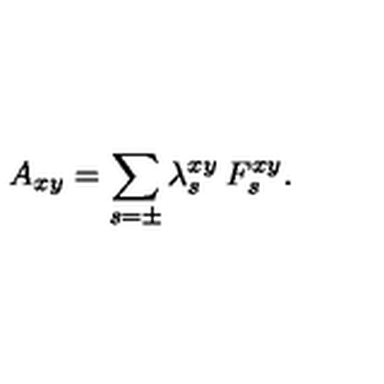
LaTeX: A _ { x y } = \sum _ { s = \pm } \lambda _ { s } ^ { x y } \: F _ { s } ^ { x y } .